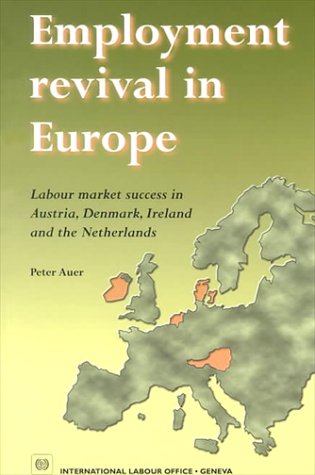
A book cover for Employment Revival in Europe: Labour Market Success in Austria, Denmark, Ireland and the Netherlands; Peter Auer; Business & Money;